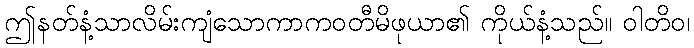
ဤနတ်နံ့သာလိမ်းကျံသောကာကဝတီမိဖုယာ၏ ကိုယ်နံ့သည်။ ဝါတိဝ၊